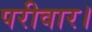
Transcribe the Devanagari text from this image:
परीवार।